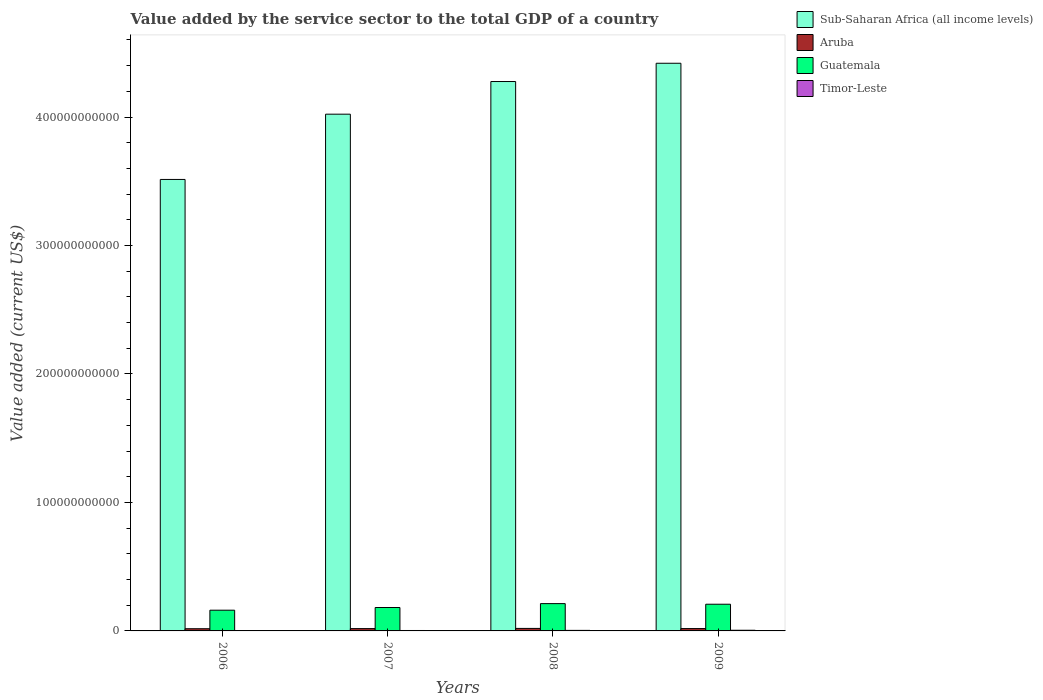
| Years | Sub-Saharan Africa (all income levels) | Aruba | Guatemala | Timor-Leste |
 | --- | --- | --- | --- | --- |
 | 2006 | 3.51e+11 | 1.71e+09 | 1.61e+10 | 2.87e+08 |
 | 2007 | 4.02e+11 | 1.8e+09 | 1.82e+10 | 3.4e+08 |
 | 2008 | 4.28e+11 | 1.95e+09 | 2.13e+10 | 4.2e+08 |
 | 2009 | 4.42e+11 | 1.83e+09 | 2.08e+10 | 5.11e+08 |